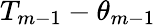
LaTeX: T_{m-1}-\theta_{m-1}